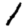
Digit: 1